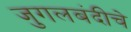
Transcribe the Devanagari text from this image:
जुगलबंदीचे